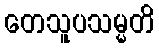
တေသူပသမ္မတိ